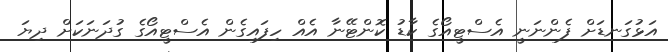
އަޅުގަނޑަށް ފެންނަނީ އެސްޓީއޯގެ ކާޑު ކޮންޓޭނާ އެއް ހިފައިގެން އެސްޓީއޯގެ ގުދަނަކަށް ދިޔަ